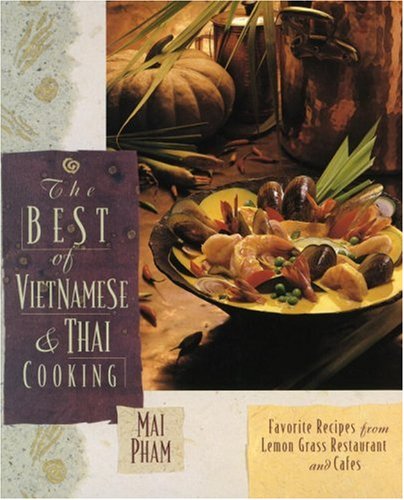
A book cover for The Best of Vietnamese & Thai Cooking: Favorite Recipes from Lemon Grass Restaurant and Cafes; Mai Pham; Cookbooks, Food & Wine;